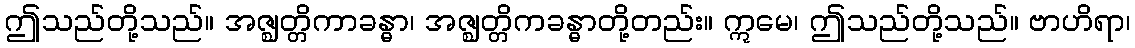
ဤသည်တို့သည်။ အဇ္ဈတ္တိကာခန္ဓာ၊ အဇ္ဈတ္တိကခန္ဓာတို့တည်း။ ဣမေ၊ ဤသည်တို့သည်။ ဗာဟိရာ၊